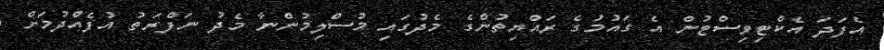
އެފަދަ އެކްޓިވިސްޓުން އެ ގައުމުގެ ރައްޔިތުންގެ މެދުގައި މުސްލިމުންނާ މެދު ނަފްރަތު އުފެއްދުމަށް